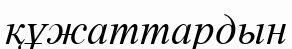
құжаттардын